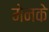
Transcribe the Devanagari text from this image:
मेनके